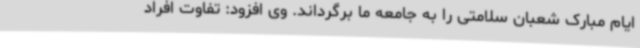
ایام مبارک شعبان سلامتی را به جامعه ما برگرداند. وی افزود: تفاوت افراد